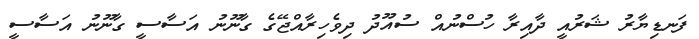
ފަނޑިޔާރު ޝަރުއީ ދާއިރާ ހުސްނުއް ސުއޫދު ދިވެހިރާއްޖޭގެ ގާނޫނު އަސާސީ ގާނޫނު އަސާސީ